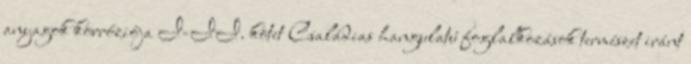
anyagok korróziója I-II. kötet Családias hangulatú foglalkozások természet iránt